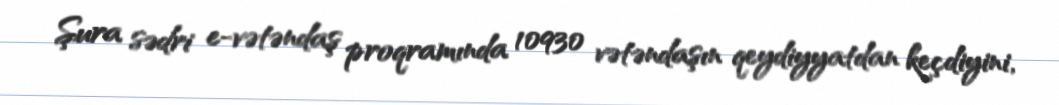
Şura sədri e-vətəndaş proqramında 10930 vətəndaşın qeydiyyatdan keçdiyini,